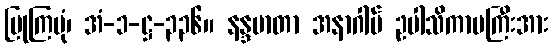
ပြုကြပုံ၊ အံ-၁-ဋ္ဌ-၃၃၆။ နန္ဒမာတာ အနာဂါမ် ဥပါသိကာမကြီးအား